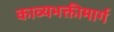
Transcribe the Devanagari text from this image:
काव्यभक्तीमार्ग